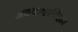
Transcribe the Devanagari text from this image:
अवकाशविहार